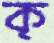
ক্